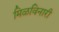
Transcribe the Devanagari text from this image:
मिळविनारी